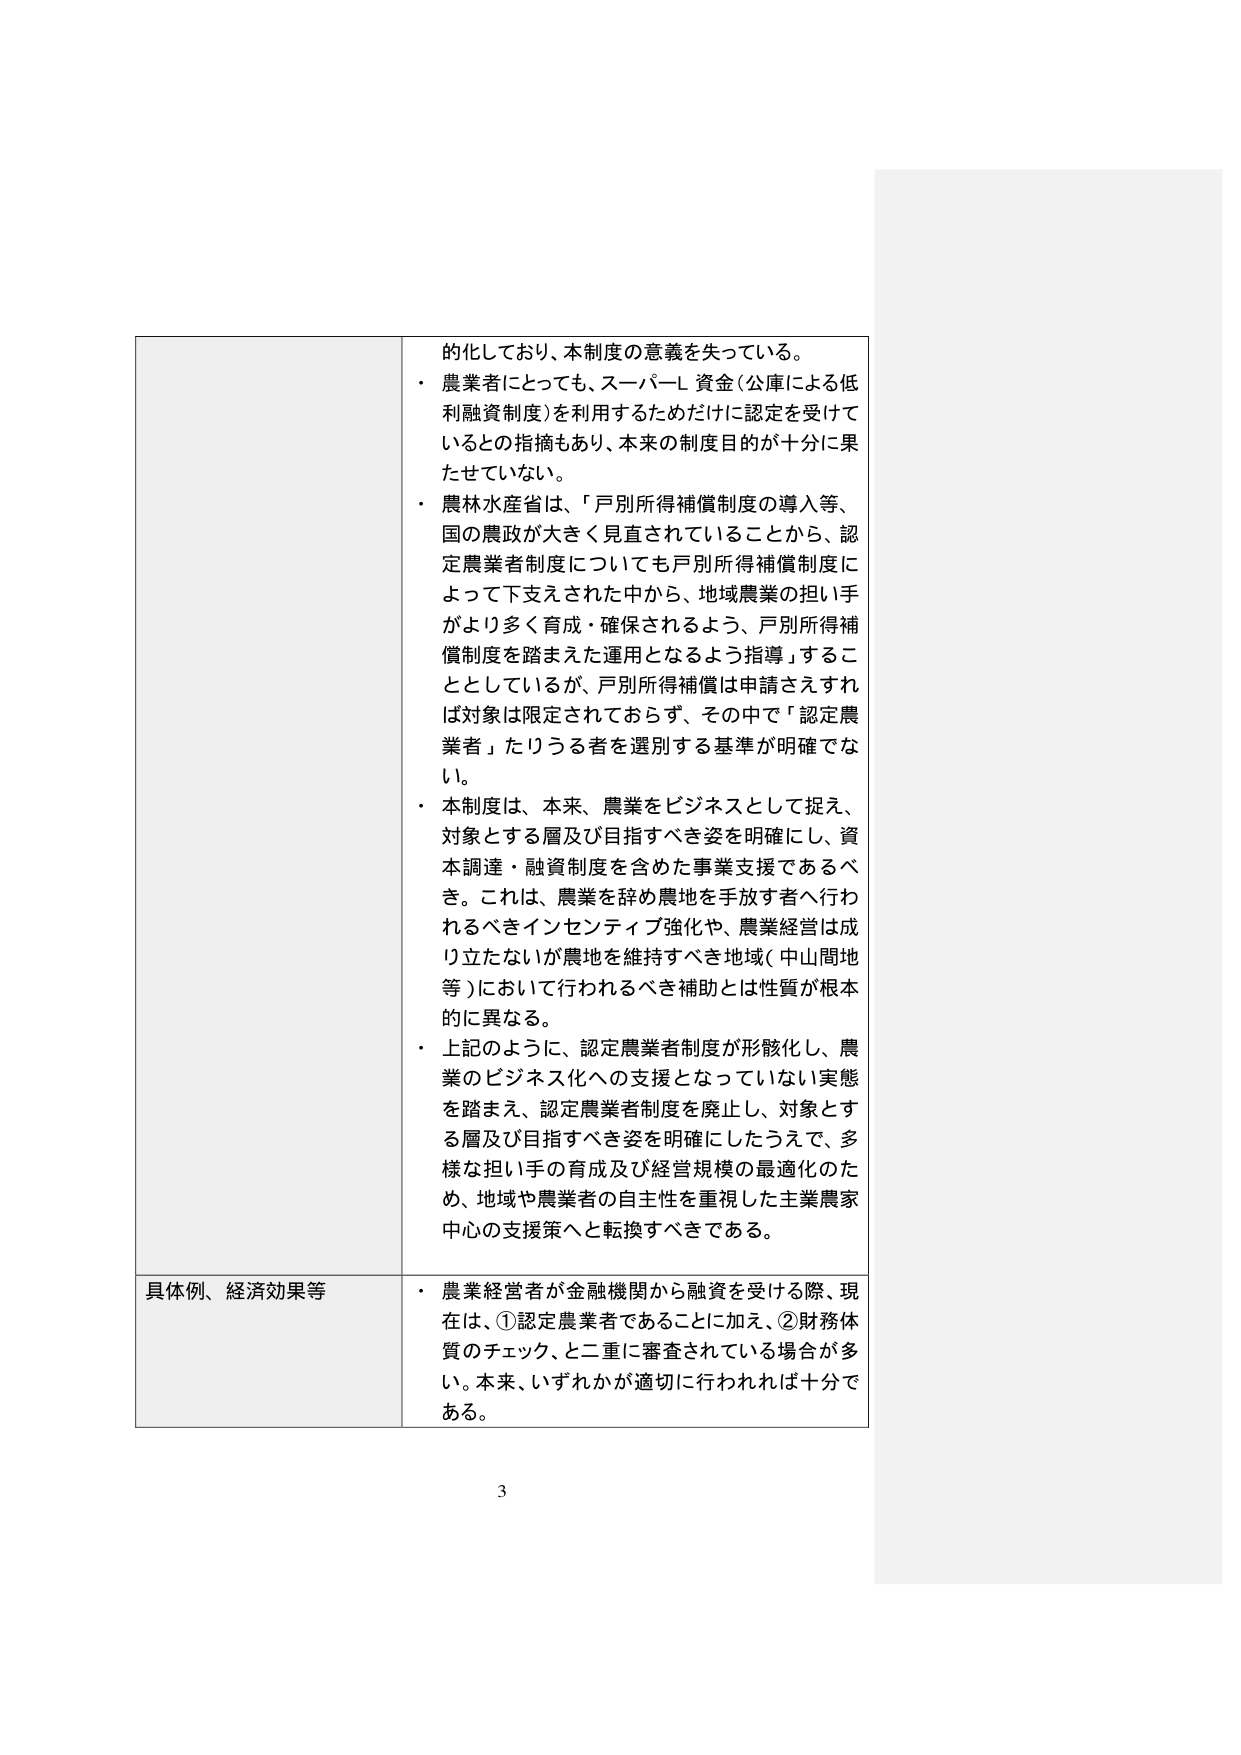
的化しており、本制度の意義を失っている。
・ 農業者にとっても、スーパーL資金（公庫による低利融資制度）を利用するためだけに認定を受けて
いるとの指摘もあり、本来の制度目的が十分に果たせていない。
・ 農林水産省は、「戸別所得補償制度の導入等、国の農政が大きく見直されていることから、認定農業者制度についても戸別所得補償制度によって下支えされた中から、地域農業の担い手がより多く育成・確保されるよう、戸別所得補償制度を踏まえた運用となるよう指導」することとしているが、戸別所得補償は申請さえすれば対象は限定されておらず、その中で「認定農業者」たりうる者を選別する基準が明確でない。
・ 本制度は、本来、農業をビジネスとして捉え、対象とする層及び目指すべき姿を明確にし、資本調達・融資制度を含めた事業支援であるべき。これは、農業を辞め農地を手放す者へ行われるべきインセンティブ強化や、農業経営は成り立たないが農地を維持すべき地域（中山間地等）において行われるべき補助とは性質が根本的に異なる。
・ 上記のように、認定農業者制度が形骸化し、農業のビジネス化への支援となっていない実態を踏まえ、認定農業者制度を廃止し、対象とする層及び目指すべき姿を明確にしたうえで、多様な担い手の育成及び経営規模の最適化のため、地域や農業者の自主性を重視した主業農家中心の支援策へと転換すべきである。

具体例、経済効果等
・ 農業経営者が金融機関から融資を受ける際、現在は、①認定農業者であることに加え、②財務体質のチェック、と二重に審査されている場合が多い。本来、いずれかが適切に行われれば十分である。

3